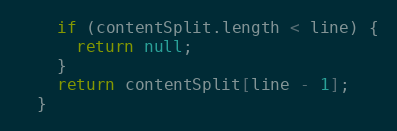
Language: Java
    if (contentSplit.length < line) {
      return null;
    }
    return contentSplit[line - 1];
  }